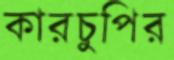
কারচুপির